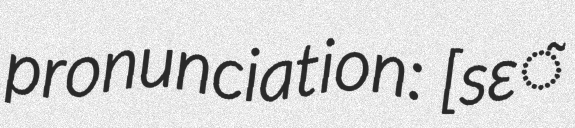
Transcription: pronunciation: ​[sɛ̃